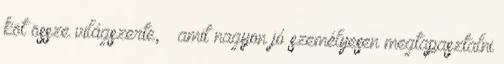
köt össze világszerte, – amit nagyon jó személyesen megtapasztalni